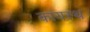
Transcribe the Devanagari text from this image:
कायस्‍थ